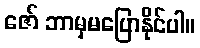
ဇော် ဘာမှမပြောနိုင်ပါ။